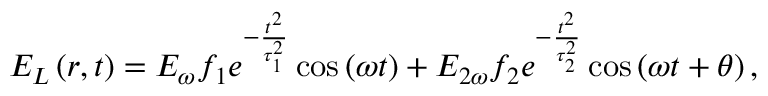
E _ { L } \left( r , t \right) = E _ { \omega } f _ { 1 } e ^ { - \frac { t ^ { 2 } } { \tau _ { 1 } ^ { 2 } } } \cos \left( \omega t \right) + E _ { 2 \omega } f _ { 2 } e ^ { - \frac { t ^ { 2 } } { \tau _ { 2 } ^ { 2 } } } \cos \left( \omega t + \theta \right) ,